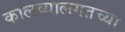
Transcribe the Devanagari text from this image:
कालव्यालगतच्या